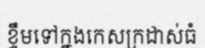
ខ្ទឹមទៅក្នងកេសក្រដាស់ធំ